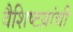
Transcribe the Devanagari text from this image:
वैशिष्टय़ांची